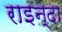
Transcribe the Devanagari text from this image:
राइन्दा